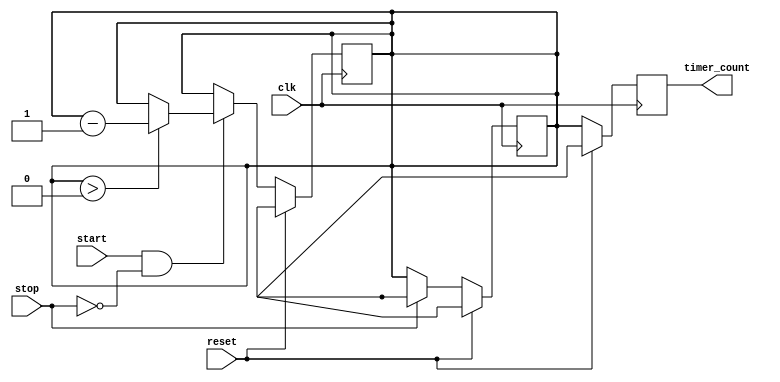
module countdown_timer(
    input wire clk,
    input wire start,
    input wire stop,
    input wire reset,
    output reg [7:0] timer_count
);

reg [7:0] preset_value;
reg [7:0] countdown_value;

always @(posedge clk) begin
    if (reset) begin
        countdown_value <= preset_value;
    end else if (start && !stop) begin
        if (countdown_value > 0) begin
            countdown_value <= countdown_value - 1;
        end
    end
end

always @(posedge clk) begin
    if (reset) begin
        timer_count <= preset_value;
    end else begin
        timer_count <= countdown_value;
    end
end

always @(posedge clk) begin
    if (reset) begin
        countdown_value <= preset_value;
    end else if (stop) begin
        countdown_value <= preset_value;
    end
end

endmodule